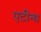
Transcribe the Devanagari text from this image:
एटीन्थ